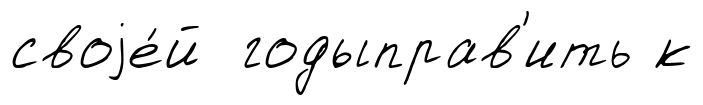
своjе́й годыправ'ить к